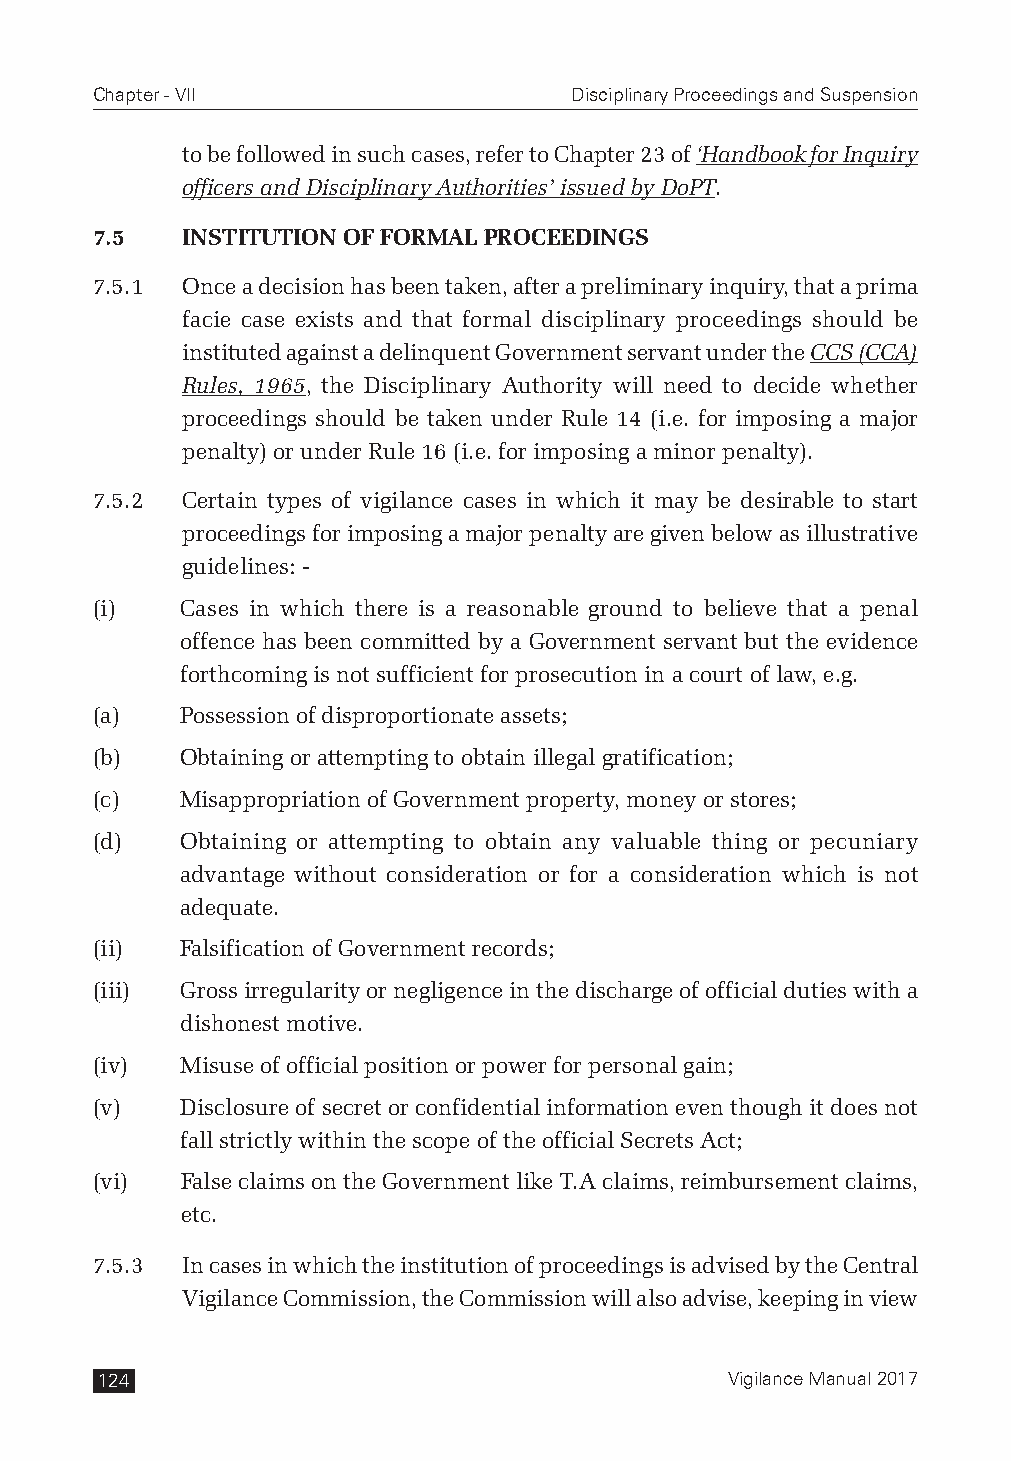
Chapter - VII                   Disciplinary Proceedings and Suspension
 to be followed in such cases, refer to Chapter 23 of ‘Handbook for Inquiry
 officers and Disciplinary Authorities’ issued by DoPT.
 7.5   INSTITUTION OF FORMAL PROCEEDINGS
 7.5.1 Once a decision has been taken, after a preliminary inquiry, that a prima
 facie case exists and that formal disciplinary proceedings should be
 instituted against a delinquent Government servant under the CCS (CCA)
 Rules, 1965, the Disciplinary Authority will need to decide whether
 proceedings should be taken under Rule 14 (i.e. for imposing a major
 penalty) or under Rule 16 (i.e. for imposing a minor penalty).
 7.5.2 Certain types of vigilance cases in which it may be desirable to start
 proceedings for imposing a major penalty are given below as illustrative
 guidelines: -
 (i)   Cases in which there is a reasonable ground to believe that a penal
 offence has been committed by a Government servant but the evidence
 forthcoming is not sufficient for prosecution in a court of law, e.g.
 (a)   Possession of disproportionate assets;
 (b)   Obtaining or attempting to obtain illegal gratification;
 (c)   Misappropriation of Government property, money or stores;
 (d)   Obtaining or attempting to obtain any valuable thing or pecuniary
 advantage without consideration or for a consideration which is not
 adequate.
 (ii)  Falsification of Government records;
 (iii) Gross irregularity or negligence in the discharge of official duties with a
 dishonest motive.
 (iv)  Misuse of official position or power for personal gain;
 (v)   Disclosure of secret or confidential information even though it does not
 fall strictly within the scope of the official Secrets Act;
 (vi)  False claims on the Government like T.A claims, reimbursement claims,
 etc.
 7.5.3 In cases in which the institution of proceedings is advised by the Central
 Vigilance Commission, the Commission will also advise, keeping in view
 124                                       Vigilance Manual 2017